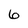
Character: 6